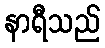
နာရီသည်